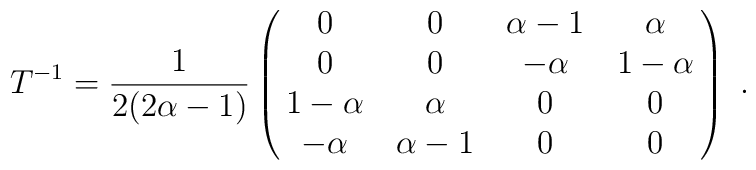
T^{-1}=\frac{1}{2(2\alpha -1)}\pmatrix{0 & 0 & \alpha -1& \alpha \cr 0 & 0 & -\alpha & 1-\alpha\cr 1-\alpha  & \alpha  & 0 & 0 \cr -\alpha  & \alpha -1 & 0 & 0} \ .